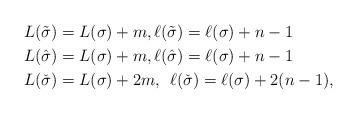
LaTeX: \begin{align*}L(\tilde\sigma)&=L(\sigma)+m, \ell(\tilde\sigma)=\ell(\sigma)+n-1\\ L(\hat\sigma)&=L(\sigma)+m, \ell(\hat\sigma)=\ell(\sigma)+n-1\\ L(\check\sigma)&=L(\sigma)+2m,\:\: \ell(\check\sigma)=\ell(\sigma)+2(n-1),\end{align*}